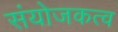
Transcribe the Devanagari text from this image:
संयोजकत्व